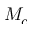
M _ { c }